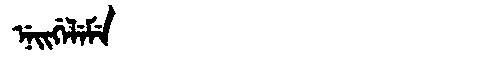
Manchu: ᠨᡝᡳᡤᡝᠯᡝᠮᡝ
Romanization: NEIGELEME